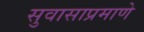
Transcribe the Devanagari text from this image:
सुवासाप्रमाणे